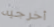
أخرجيه